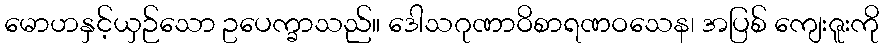
မောဟနှင့်ယှဉ်သော ဥပေက္ခာသည်။ ဒေါသဂုဏာဝိစာရဏဝသေန၊ အပြစ် ကျေးဇူးကို